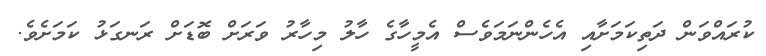
ކުރައްވަން ދަތިކަމަށާއި އެހެންނަމަވެސް އެމީހާގެ ހާލު މިހާރު ވަރަށް ބޮޑަށް ރަނގަޅު ކަމަށެވެ.